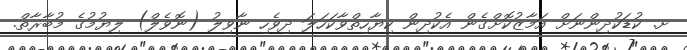
ށ. ކުޑަކުދިންނަށް އަމާޒުކޮށްގެން އެކުދިން ކިޔާހިތްވާކަހަލަ ދިވެހި ނާވިލު (ނޮވެލް) ލިޔުމުގެ މުބާރާތް.